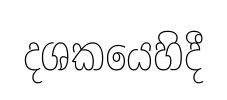
දශකයෙහිදී